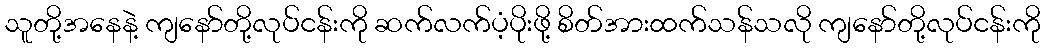
သူတို့အနေနဲ့ ကျနော်တို့လုပ်ငန်းကို ဆက်လက်ပံ့ပိုးဖို့ စိတ်အားထက်သန်သလို ကျနော်တို့လုပ်ငန်းကို